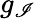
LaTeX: g_{\mathscr{I}}